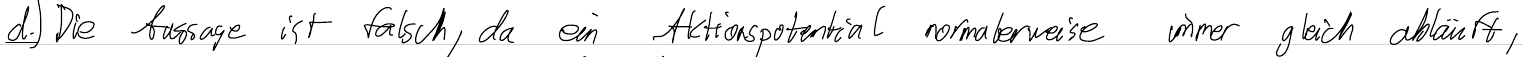
d.) Die Aussage ist falsch, da ein Aktionspotential normalerweise immer gleich abläuft,